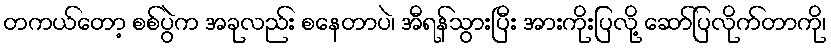
တကယ်တော့ စစ်ပွဲက အခုလည်း စနေတာပဲ၊ အီရန်သွားပြီး အားကိုးပြလို့ ဆော်ပြလိုက်တာကို၊